Cholera in southern India
Disease focus: Cholera
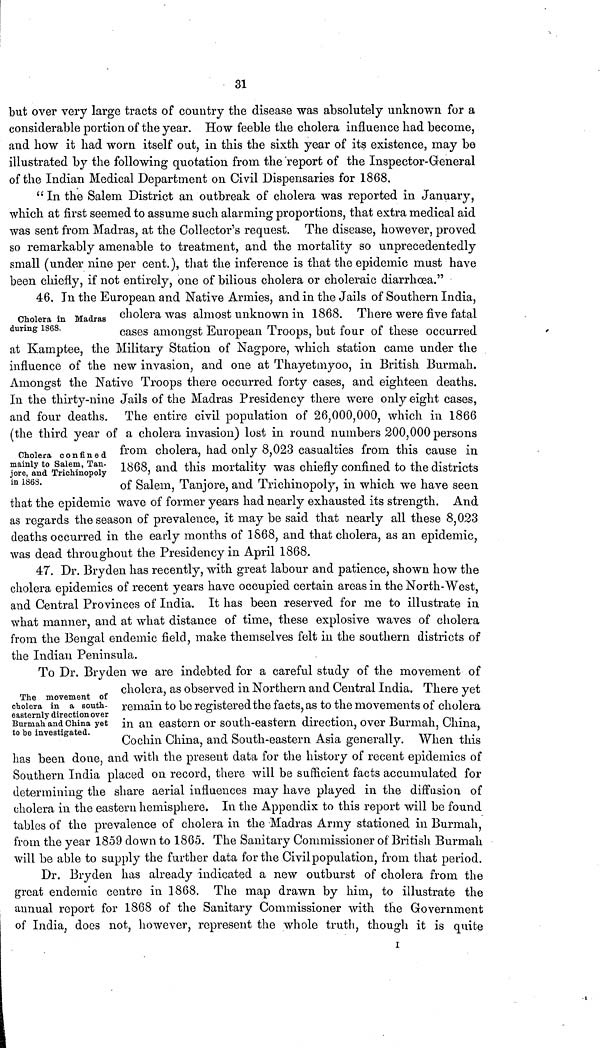
31
but over very large tracts of country the disease was absolutely unknown for a
considerable portion of the year. How feeble the cholera influence had become,
and how it had worn itself out, in this the sixth year of its existence, may be
illustrated by the following quotation from the report of the Inspector-General
of the Indian Medical Department on Civil Dispensaries for 1868.
" In the Salem District an outbreak of cholera was reported in January,
which at first seemed to assume such alarming proportions, that extra medical aid
was sent from Madras, at the Collector's request. The disease, however, proved
so remarkably amenable to treatment, and the mortality so unprecedentedly
small (under nine per cent.), that the inference is that the epidemic must have
been chiefly, if not entirely, one of bilious cholera or choleraic diarrhoea."
Cholera in Madras
during 1868.
46. In the European and Native Armies, and in the Jails of Southern India,
cholera was almost unknown in 1868. There were five fatal
cases amongst European Troops, but four of these occurred
at Kamptee, the Military Station of Nagpore, which station came under the
influence of the new invasion, and one at Thayetmyoo, in British Burmah.
Amongst the Native Troops there occurred forty cases, and eighteen deaths.
In the thirty-nine Jails of the Madras Presidency there were only eight cases,
and four deaths. The entire civil population of 26,000,000, which in 1866
(the third year of a cholera invasion) lost in round numbers 200,000 persons
from cholera, had only 8,023 casualties from this cause in
1868, and this mortality was chiefly confined to the districts
of Salem, Tanjore, and Trichinopoly, in which we have seen
that the epidemic wave of former years had nearly exhausted its strength. And
as regards the season of prevalence, it may be said that nearly all these 8,023
deaths occurred in the early months of 1868, and that cholera, as an epidemic,
was dead throughout the Presidency in April 1868.
Cholera confined
mainly to Salem, Tan-
jore, and Trichinopoly
in 1868.
47. Dr. Bryden has recently, with great labour and patience, shown how the
cholera epidemics of recent years have occupied certain areas in the North-West,
and Central Provinces of India. It has been reserved for me to illustrate in
what manner, and at what distance of time, these explosive waves of cholera
from the Bengal endemic field, make themselves felt in the southern districts of
the Indian Peninsula.
The movement of
cholera in a south-
easternly direction over
Burmah and China yet
to be investigated.
To Dr. Bryden we are indebted for a careful study of the movement of
cholera, as observed in Northern and Central India. There yet
remain to be registered the facts, as to the movements of cholera
in an eastern or south-eastern direction, over Burmah, China,
Cochin China, and South-eastern Asia generally. When this
has been done, and with the present data for the history of recent epidemics of
Southern India placed on record, there will be sufficient facts accumulated for
determining the share aerial influences may have played in the diffusion of
cholera in the eastern hemisphere. In the Appendix to this report will be found
tables of the prevalence of cholera in the Madras Army stationed in Burmah,
from the year 1859 down to 1865. The Sanitary Commissioner of British Burmah
will be able to supply the further data for the Civil population, from that period.
Dr. Bryden has already indicated a new outburst of cholera from the
great endemic centre in 1868. The map drawn by him, to illustrate the
annual report for 1868 of the Sanitary Commissioner with the Government
of India, does not, however, represent the whole truth, though it is quite
I